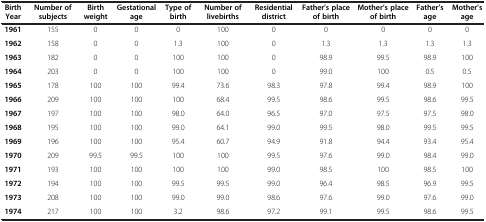
<table><thead><tr><td><b>Birth Year</b></td><td><b>Number of subjects</b></td><td><b>Birth weight</b></td><td><b>Gestational age</b></td><td><b>Type of birth</b></td><td><b>Number of livebirths</b></td><td><b>Residential district</b></td><td><b>Father’s place of birth</b></td><td><b>Mother’s place of birth</b></td><td><b>Father’s age</b></td><td><b>Mother’s age</b></td></tr></thead><tbody><tr><td><b>1961</b></td><td>155</td><td>0</td><td>0</td><td>0</td><td>100</td><td>0</td><td>0</td><td>0</td><td>0</td><td>0</td></tr><tr><td><b>1962</b></td><td>158</td><td>0</td><td>0</td><td>1.3</td><td>100</td><td>0</td><td>1.3</td><td>1.3</td><td>1.3</td><td>1.3</td></tr><tr><td><b>1963</b></td><td>182</td><td>0</td><td>0</td><td>100</td><td>100</td><td>0</td><td>98.9</td><td>99.5</td><td>98.9</td><td>100</td></tr><tr><td><b>1964</b></td><td>203</td><td>0</td><td>0</td><td>100</td><td>100</td><td>0</td><td>99.0</td><td>100</td><td>0.5</td><td>0.5</td></tr><tr><td><b>1965</b></td><td>178</td><td>100</td><td>100</td><td>99.4</td><td>73.6</td><td>98.3</td><td>97.8</td><td>99.4</td><td>98.9</td><td>100</td></tr><tr><td><b>1966</b></td><td>209</td><td>100</td><td>100</td><td>100</td><td>68.4</td><td>99.5</td><td>98.6</td><td>99.5</td><td>98.6</td><td>99.5</td></tr><tr><td><b>1967</b></td><td>197</td><td>100</td><td>100</td><td>98.0</td><td>64.0</td><td>96.5</td><td>97.0</td><td>97.5</td><td>97.5</td><td>98.0</td></tr><tr><td><b>1968</b></td><td>195</td><td>100</td><td>100</td><td>99.0</td><td>64.1</td><td>99.0</td><td>99.5</td><td>98.0</td><td>99.5</td><td>99.5</td></tr><tr><td><b>1969</b></td><td>196</td><td>100</td><td>100</td><td>95.4</td><td>60.7</td><td>94.9</td><td>91.8</td><td>94.4</td><td>93.4</td><td>95.4</td></tr><tr><td><b>1970</b></td><td>209</td><td>99.5</td><td>99.5</td><td>100</td><td>100</td><td>99.5</td><td>97.6</td><td>99.0</td><td>98.4</td><td>99.0</td></tr><tr><td><b>1971</b></td><td>193</td><td>100</td><td>100</td><td>100</td><td>100</td><td>99.0</td><td>98.5</td><td>100</td><td>98.5</td><td>100</td></tr><tr><td><b>1972</b></td><td>194</td><td>100</td><td>100</td><td>99.5</td><td>99.5</td><td>99.0</td><td>96.4</td><td>98.5</td><td>96.9</td><td>99.5</td></tr><tr><td><b>1973</b></td><td>208</td><td>100</td><td>100</td><td>99.0</td><td>99.0</td><td>98.6</td><td>97.6</td><td>99.0</td><td>97.6</td><td>99.0</td></tr><tr><td><b>1974</b></td><td>217</td><td>100</td><td>100</td><td>3.2</td><td>98.6</td><td>97.2</td><td>99.1</td><td>99.5</td><td>98.6</td><td>99.5</td></tr></tbody></table>